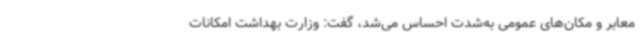
معابر و مکان‌های عمومی به‌شدت احساس می‌شد، گفت: وزارت بهداشت امکانات